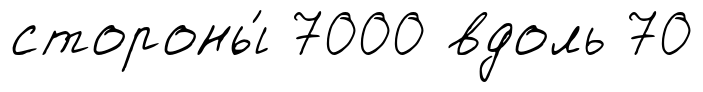
стороны́ 7000 вдоль 70